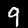
Digit: 9